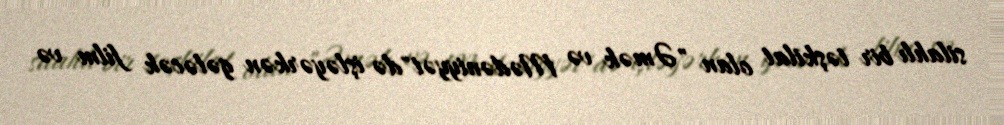
silahlı bir təşkilat olan "Əmək və Mədəniyyət"də işləyərkən gələcək film və